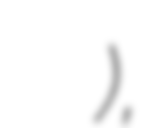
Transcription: کالج کراچی ),